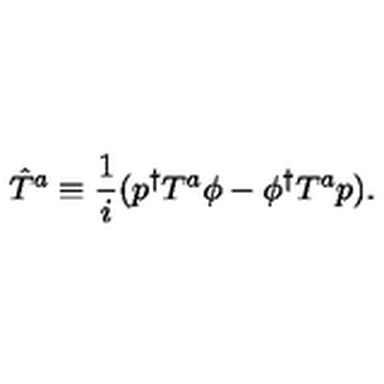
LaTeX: \hat { T } ^ { a } \equiv \frac { 1 } { i } ( p ^ { \dagger } T ^ { a } \phi - \phi ^ { \dagger } T ^ { a } p ) .